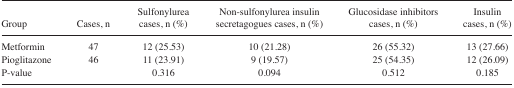
<table><thead><tr><td><b>Group</b></td><td><b>Cases, n</b></td><td><b>Sulfonylurea cases, n (%)</b></td><td><b>Non-sulfonylurea insulin secretagogues cases, n (%)</b></td><td><b>Glucosidase inhibitors cases, n (%)</b></td><td><b>Insulin cases, n (%)</b></td></tr></thead><tbody><tr><td>Metformin</td><td>47</td><td>12 (25.53)</td><td>10 (21.28)</td><td>26 (55.32)</td><td>13 (27.66)</td></tr><tr><td>Pioglitazone</td><td>46</td><td>11 (23.91)</td><td>9 (19.57)</td><td>25 (54.35)</td><td>12 (26.09)</td></tr><tr><td>P-value</td><td></td><td>0.316</td><td>0.094</td><td>0.512</td><td>0.185</td></tr></tbody></table>